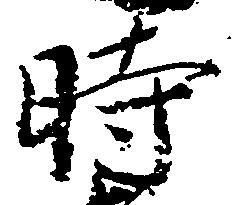
時